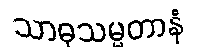
သာဓုသမ္မတာနံ